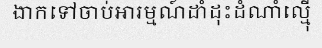
ងាកទៅចាប់អារម្មណ៍ដាំដុះដំណាំល្ម៉ើ